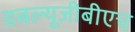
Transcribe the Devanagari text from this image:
डबल्यूजीबीएच